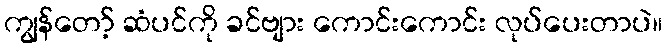
ကျွန်တော့် ဆံပင်ကို ခင်ဗျား ကောင်းကောင်း လုပ်ပေးတာပဲ။